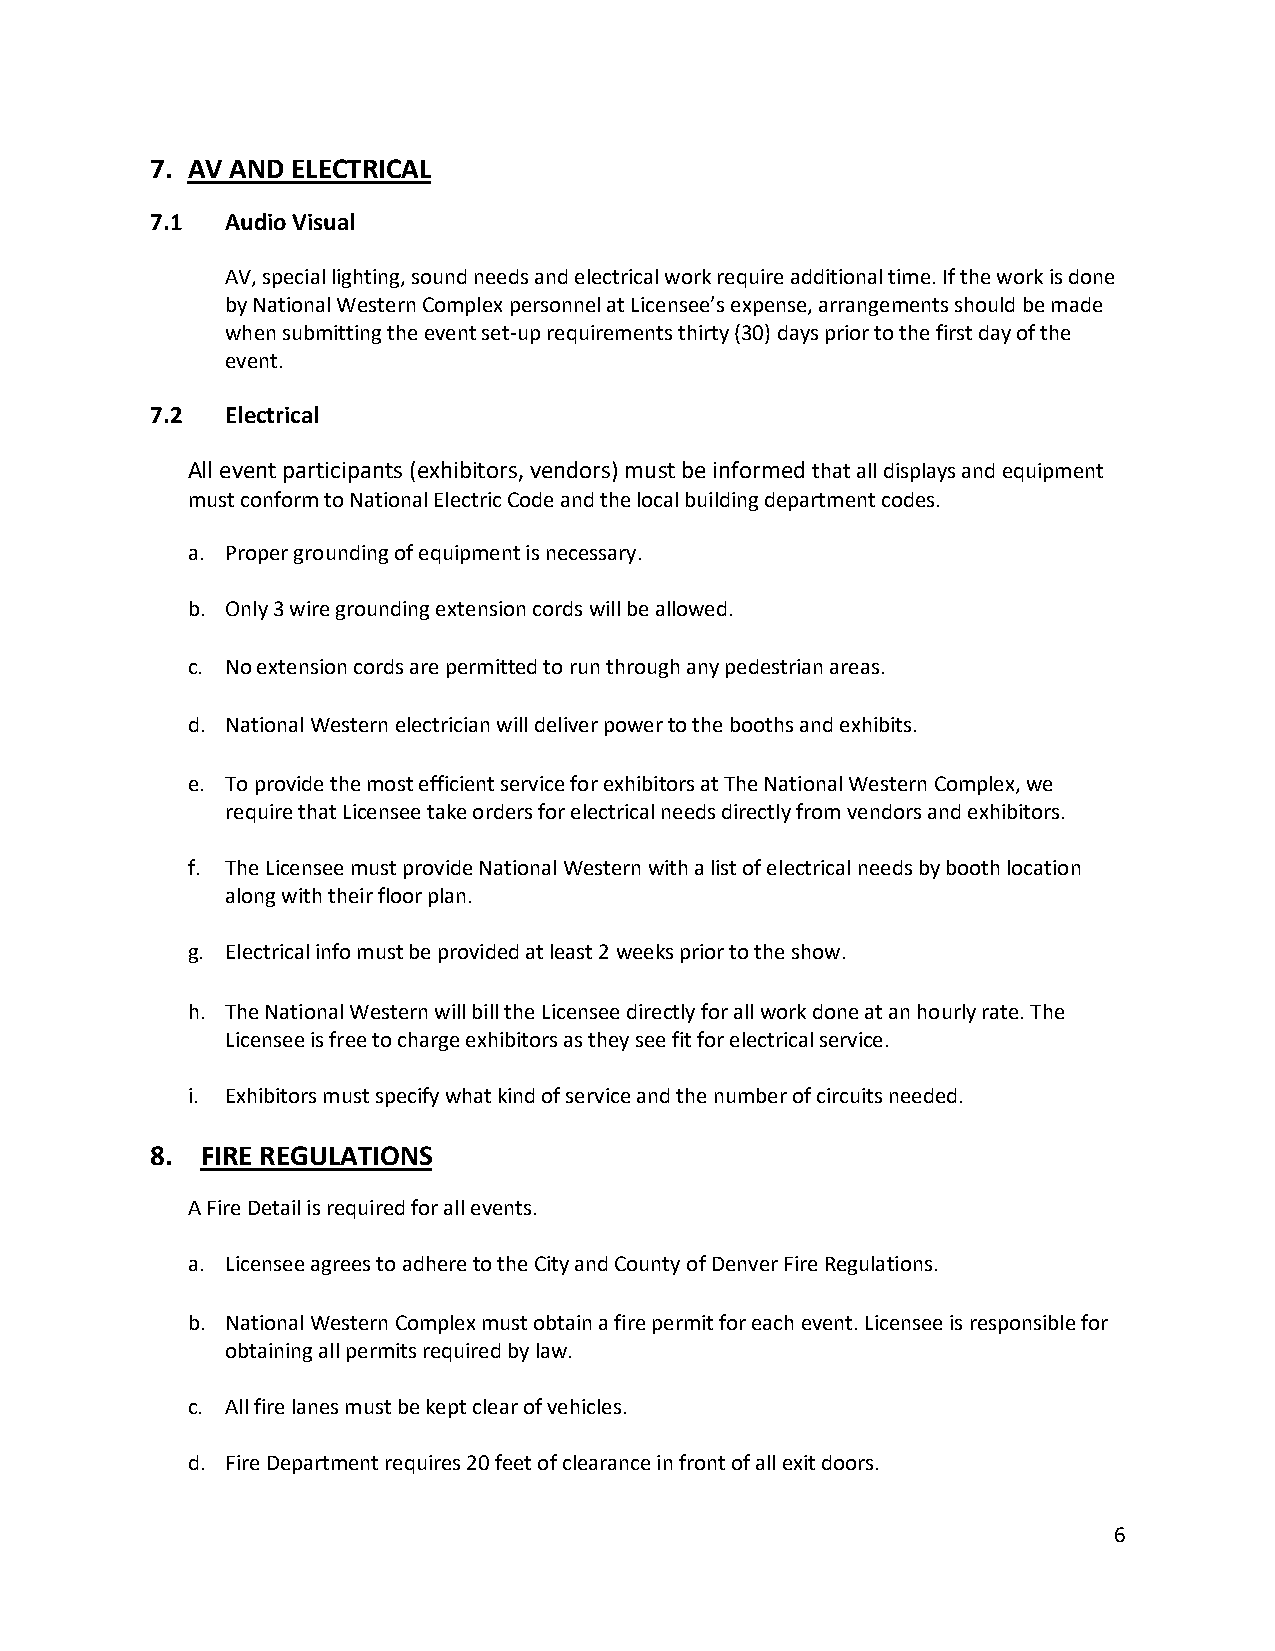
7. AV AND ELECTRICAL
 7.1  Audio Visual
 AV, special lighting, sound needs and electrical work require additional time. If the work is done
 by National Western Complex personnel at Licensee’s expense, arrangements should be made
 when submitting the event set-up requirements thirty (30) days prior to the first day of the
 event.
 7.2  Electrical
 All event participants (exhibitors, vendors) must be informed that all displays and equipment
 must conform to National Electric Code and the local building department codes.
 a. Proper grounding of equipment is necessary.
 b. Only 3 wire grounding extension cords will be allowed.
 c. No extension cords are permitted to run through any pedestrian areas.
 d. National Western electrician will deliver power to the booths and exhibits.
 e. To provide the most efficient service for exhibitors at The National Western Complex, we
 require that Licensee take orders for electrical needs directly from vendors and exhibitors.
 f. The Licensee must provide National Western with a list of electrical needs by booth location
 along with their floor plan.
 g. Electrical info must be provided at least 2 weeks prior to the show.
 h. The National Western will bill the Licensee directly for all work done at an hourly rate. The
 Licensee is free to charge exhibitors as they see fit for electrical service.
 i. Exhibitors must specify what kind of service and the number of circuits needed.
 8. FIRE REGULATIONS
 A Fire Detail is required for all events.
 a. Licensee agrees to adhere to the City and County of Denver Fire Regulations.
 b. National Western Complex must obtain a fire permit for each event. Licensee is responsible for
 obtaining all permits required by law.
 c. All fire lanes must be kept clear of vehicles.
 d. Fire Department requires 20 feet of clearance in front of all exit doors.
 6